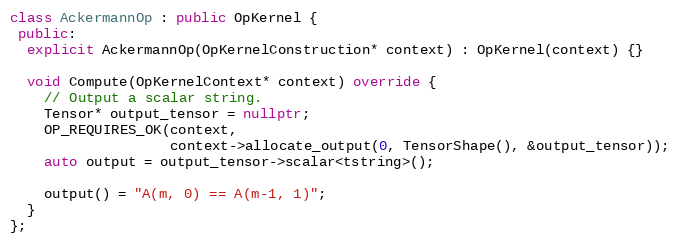
Language: C++
class AckermannOp : public OpKernel {
 public:
  explicit AckermannOp(OpKernelConstruction* context) : OpKernel(context) {}

  void Compute(OpKernelContext* context) override {
    // Output a scalar string.
    Tensor* output_tensor = nullptr;
    OP_REQUIRES_OK(context,
                   context->allocate_output(0, TensorShape(), &output_tensor));
    auto output = output_tensor->scalar<tstring>();

    output() = "A(m, 0) == A(m-1, 1)";
  }
};